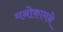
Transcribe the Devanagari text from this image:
मनोकामने